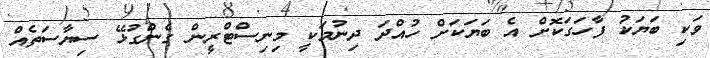
ވަކި ބަޔަކު ފާހަގަކޮށް އެ ބަޔަކަށް ހުއްދަ ދިނުމަކީ މިނިސްޓްރީން ގެންގުޅޭ ސިޔާސަތެއް